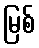
မြစ်